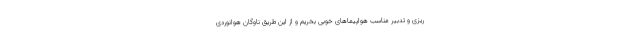
ریزی و تدبیر مناسب هواپیماهای خوبی بخریم و از این طریق ناوگان هوانوردی